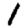
Digit: 1